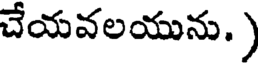
చేయవలయును. )